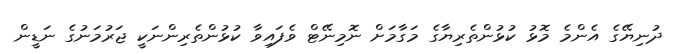
ދުނިޔޭގެ އެންމެ މޮޅު ކުޅުންތެރިޔާގެ މަގާމަށް ނޮމިނޭޓް ވެފައިވާ ކުޅުންތެރިންނަކީ ޖަރުމަނުގެ ނަޑީން